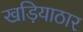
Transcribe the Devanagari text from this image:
खड़ियाठार